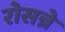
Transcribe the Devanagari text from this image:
रोसन्ने